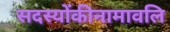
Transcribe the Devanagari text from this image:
सदस्योंकीनामावलि